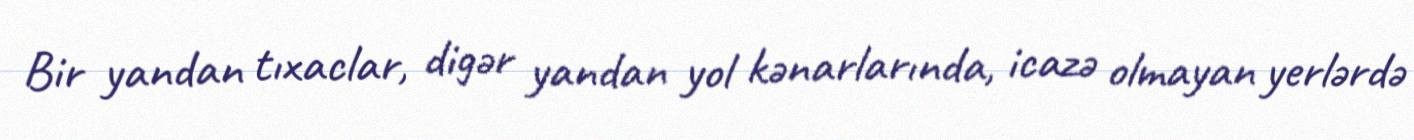
Bir yandan tıxaclar, digər yandan yol kənarlarında, icazə olmayan yerlərdə